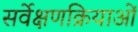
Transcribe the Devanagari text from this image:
सर्वेक्षणक्रियाओं